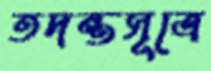
তদন্তসূত্রে